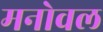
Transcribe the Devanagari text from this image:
मनोवल